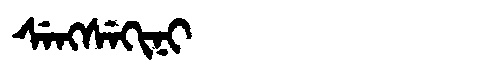
Manchu: ᠰᡝᠩᠰᡝᡴᡳᠨᡳ
Romanization: SENGSEKINI